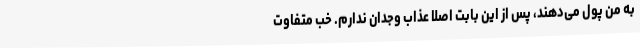
به من پول می‌دهند، پس از این بابت اصلا عذاب وجدان ندارم. خب متفاوت